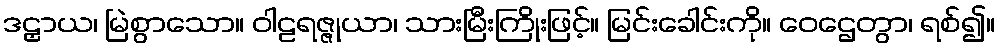
ဒဠှာယ၊ မြဲစွာသော။ ဝါဠရဇ္ဇုယာ၊ သားမြီးကြိုးဖြင့်။ မြင်းခေါင်းကို။ ဝေဌေတွာ၊ ရစ်၍။